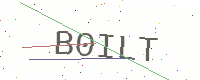
Text: B0ILT